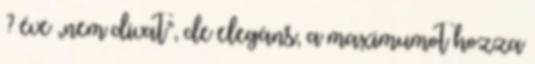
? éve „nem divat”, de elegáns, a maximumot hozza